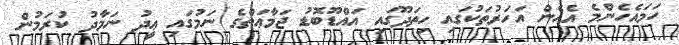
ހަމައެހެންމެ އެހެން އަހަރުތަކުގައި ހިތަދޫގައި އައްޑޫބޮޑު ޖަމާާޢަތްގެ ނަމުގައި ޢީދު ނަމާދު ކުރަމުން